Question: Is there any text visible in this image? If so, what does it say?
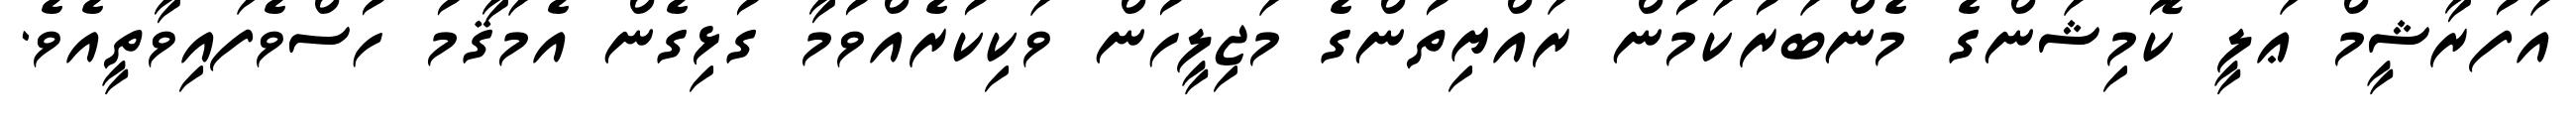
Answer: އަފުރާޝީމް ޢަލީ ކޮމިޝަންގެ މެންބަރުކަމުން ރައްޔިތުންގެ މަޖިލީހުން ވަކިކުރެއްވުމާ ގުޅިގެން އެމަޤާމު ހުސްވެފައިވާތީއެވެ.